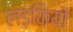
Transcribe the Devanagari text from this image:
लड़कियो